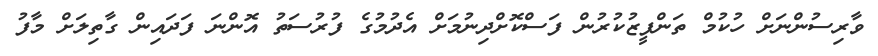
ވާރިސުންނަށް ހުކުމް ތަންފީޒުކުރުން ފަސްކޮށްދިނުމަށް އެދުމުގެ ފުރުސަތު އޮންނަ ފަދައިން ގާތިލަށް މާފު